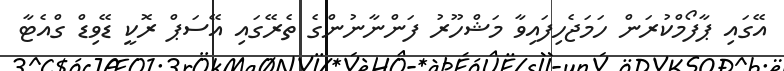
އޭގައި ޕާފޯމްކުރަން ހަމަޖެހިފައިވާ މަޝްހޫރު ފަންނާނުންގެ ތެރޭގައި އޭސަޕް ރޮކީ ޑޭވިޑް ގްއެޓާ